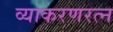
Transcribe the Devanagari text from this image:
व्याकरणरत्न